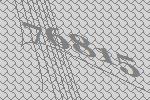
76815